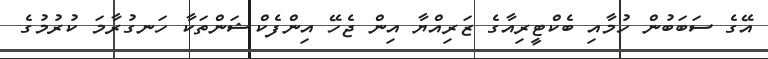
އޭގެ ސަބަބުން ހުމާއި ބެކްޓީރިއާގެ ޒަރިއްޔާ އިން ޖެހޭ އިންފެކްޝަންތަކާ ހަނގުރާމަ ކުރުމުގެ